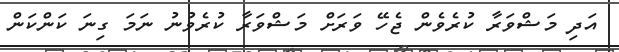
އަދި މަޝްވަރާ ކުރެވެން ޖެހޭ ވަރަށް މަޝްވަރާ ކުރެވުނު ނަމަ ގިނަ ކަންކަން